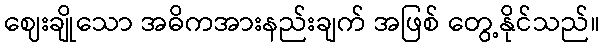
ဈေးချိုသော အဓိကအားနည်းချက် အဖြစ် တွေ့နိုင်သည်။